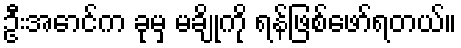
ဦးအောင်က ခုမှ မချိုကို ရန်ဖြစ်ဖော်ရတယ်။